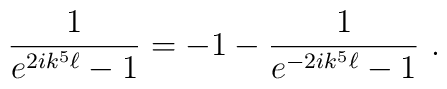
{1\over e^{2ik^5\ell}-1}  =  - 1 - {1\over e^{-2ik^5 \ell} -1} \ .